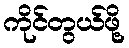
ကိုင်တွယ်ဖို့